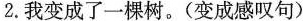
2.我变成了一棵树。(变成感叹句)